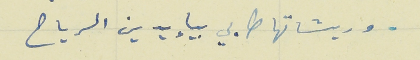
وريشاتها طابي بيإيدين الرياح